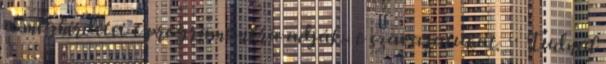
a meghirdetet t programunkra adják- e szavazatukat. ·· Tudnál